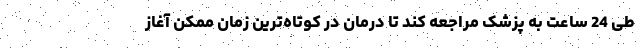
طی 24 ساعت به پزشک مراجعه کند تا درمان در کوتاه‌ترین زمان ممکن آغاز